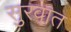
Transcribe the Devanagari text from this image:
सुुरवात